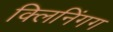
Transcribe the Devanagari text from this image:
क्लिनिंगग